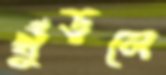
খুঁড়লে